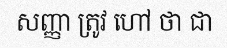
សញ្ញា ត្រូវ ហៅ ថា ជា